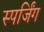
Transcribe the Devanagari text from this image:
स्पर्जिंग